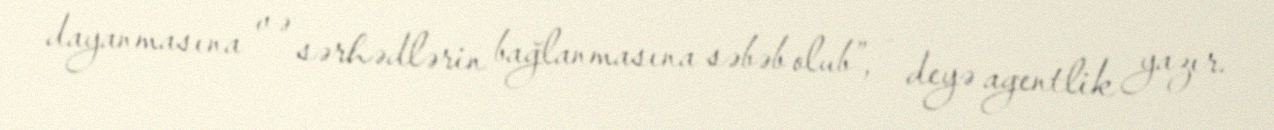
dayanmasına və sərhədlərin bağlanmasına səbəb olub”, - deyə agentlik yazır.